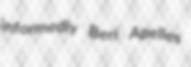
informedly Beri Apelles